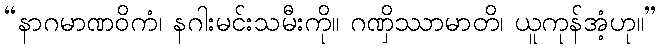
“နာဂမာဏဝိကံ၊ နဂါးမင်းသမီးကို။ ဂဏှိဿာမာတိ၊ ယူကုန်အံ့ဟု။”